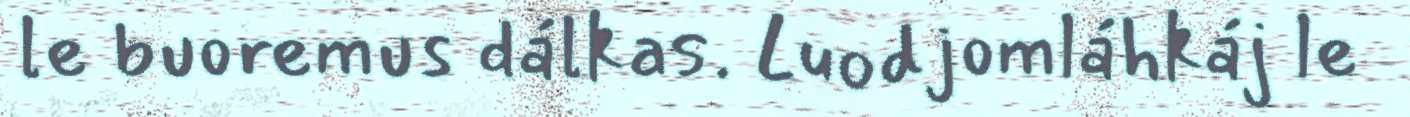
le buoremus dálkas. Luodjomláhkáj le